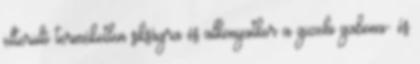
elterülő terméketlen sikságra és alkonyatkor a gizehi gabona- és